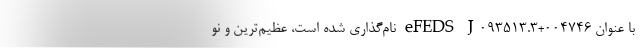
با عنوان eFEDS J۰۹۳۵۱۳.۳+۰۰۴۷۴۶ نام‌گذاری شده است، عظیم‌ترین و نو